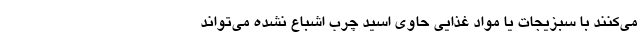
می‌کنند با سبزیجات یا مواد غذایی حاوی اسید چرب اشباع نشده می‌تواند